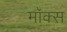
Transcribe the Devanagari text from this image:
मॉक्स